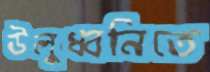
উলুধ্বনিতে